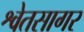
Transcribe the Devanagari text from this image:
श्वेतसागर